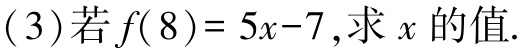
(3)若\(f(8)=5x - 7\)，求\(x\)的值.